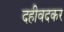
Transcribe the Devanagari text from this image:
दहीवदकर